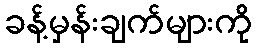
ခန့်မှန်းချက်များကို